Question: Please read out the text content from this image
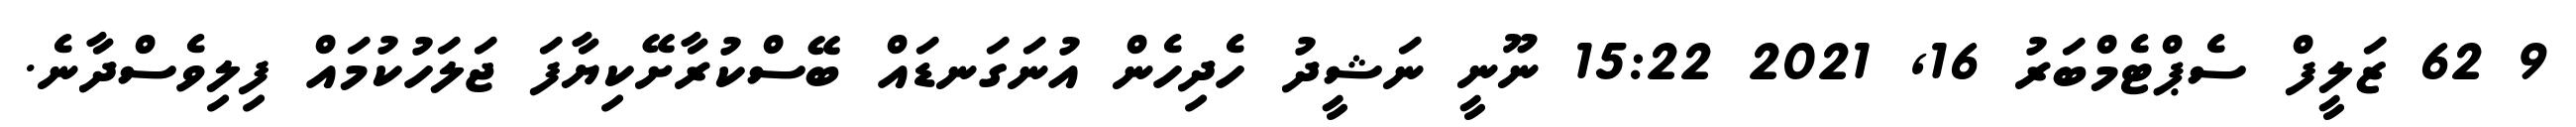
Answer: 9 62 ޒަލީފް ސެޕްޓެމްބަރު 16, 2021 15:22 ނޫނީ ނަޝީދު ހެދިހެން އުނަގަނޑައް ބޭސްކުރާށޭކިޔާފަ ޖަލަހުކުމައް ފިލިވެސްދާނެ.